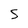
Character: S